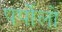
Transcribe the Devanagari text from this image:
पर्पोलो